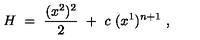
H \ = \ \frac { ( x ^ { 2 } ) ^ { 2 } } { 2 } \ + \ c \ ( x ^ { 1 } ) ^ { n + 1 } \ ,